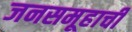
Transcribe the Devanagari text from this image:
जनसमूहाची